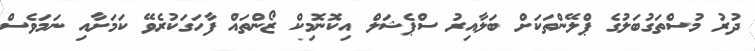
ދުރު މުސްތަގުބަލުގެ ޕްލޭންތަކަށް ބަލާއިރު ސްޕެޝަލް އިކޮނޮމިކް ޒޯންތައް ފާހަގަކުރެވޭ ކަމަށާއި ނަމަވެސް